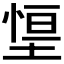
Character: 𭏃